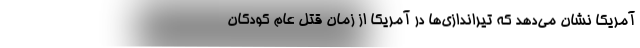
آمریکا نشان می‌دهد که تیراندازی‌ها در آمریکا از زمان قتل عام کودکان